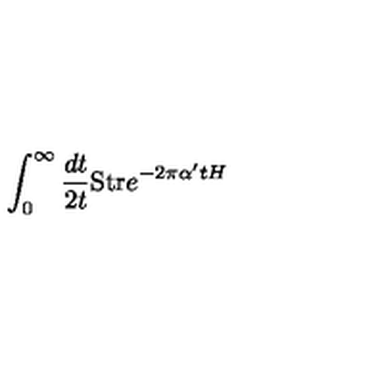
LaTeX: \int _ { 0 } ^ { \infty } \frac { d t } { 2 t } \mathrm { S t r } e ^ { - 2 \pi \alpha ^ { \prime } t H }